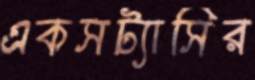
একসট্যাসির